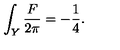
\int _ { Y } { \frac { F } { 2 \pi } } = - { \frac { 1 } { 4 } } .